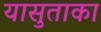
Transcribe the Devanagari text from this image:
यासुताका